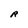
Character: R